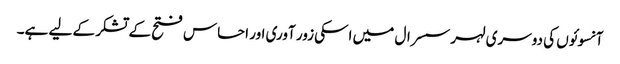
آنسوئوں کی دوسری لہر سسرال میں اسکی زور آوری اور احساس فتح کے تشکر کے لیے ہے۔